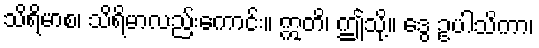
သိရိမာစ၊ သိရိမာလည်းကောင်း။ ဣတိ၊ ဤသို့။ ဒွေ ဥပါသိကာ၊